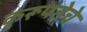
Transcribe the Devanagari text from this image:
कुरूपतेचे